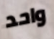
واحد